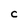
Character: C